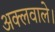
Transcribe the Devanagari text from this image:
अक्लवाले।